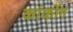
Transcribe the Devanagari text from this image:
कांकोंग